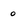
Character: 0